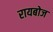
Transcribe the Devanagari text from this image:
रायबोज